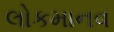
લોકમાનવ